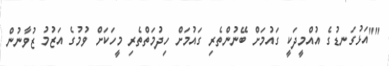
""އަޅުގަނޑުގެ އުއްމީދަކީ ގައުމަށް ބޭނުންތެރި ގައުމަށް ހިދުމަތްތެރި މީހަކަށް ވުމުގެ އަޒުމު ޒުވާނުން